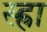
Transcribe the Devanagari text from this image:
स्ह्रा